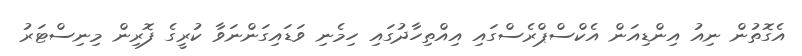
އެގޮތުން ނިއު އިންޑިއަން އެކްސްޕްރެސްގައި އިއްތިހާދުގައި ހިމެނި ވަޑައިގަންނަވާ ކުރީގެ ފޮރިން މިނިސްޓަރު